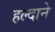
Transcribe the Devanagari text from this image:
हल्दाने